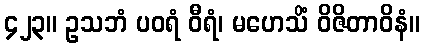
၄၂၃။ ဥသဘံ ပဝရံ ဝီရံ၊ မဟေသိံ ဝိဇိတာဝိနံ။